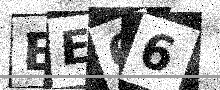
Text: EE66